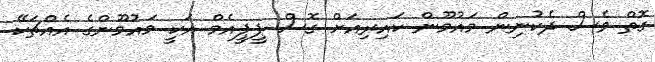
ގޮތް ވެސް ދެކުނިން މައުމޫން ކައިރިއަށް ގޮސް ޕީޕީއެމް އަކީ މައުމޫންގެ އެއްޗަކޭ